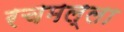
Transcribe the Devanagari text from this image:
रचमल्ला